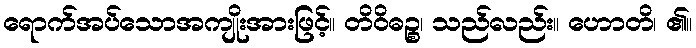
ရောက်အပ်သောအကျိုးအားဖြင့်။ တိဝိဓဉ္စ၊ သည်လည်း။ ဟောတိ၊ ၏။